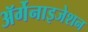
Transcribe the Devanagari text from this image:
ॲर्गेनाइजेशन